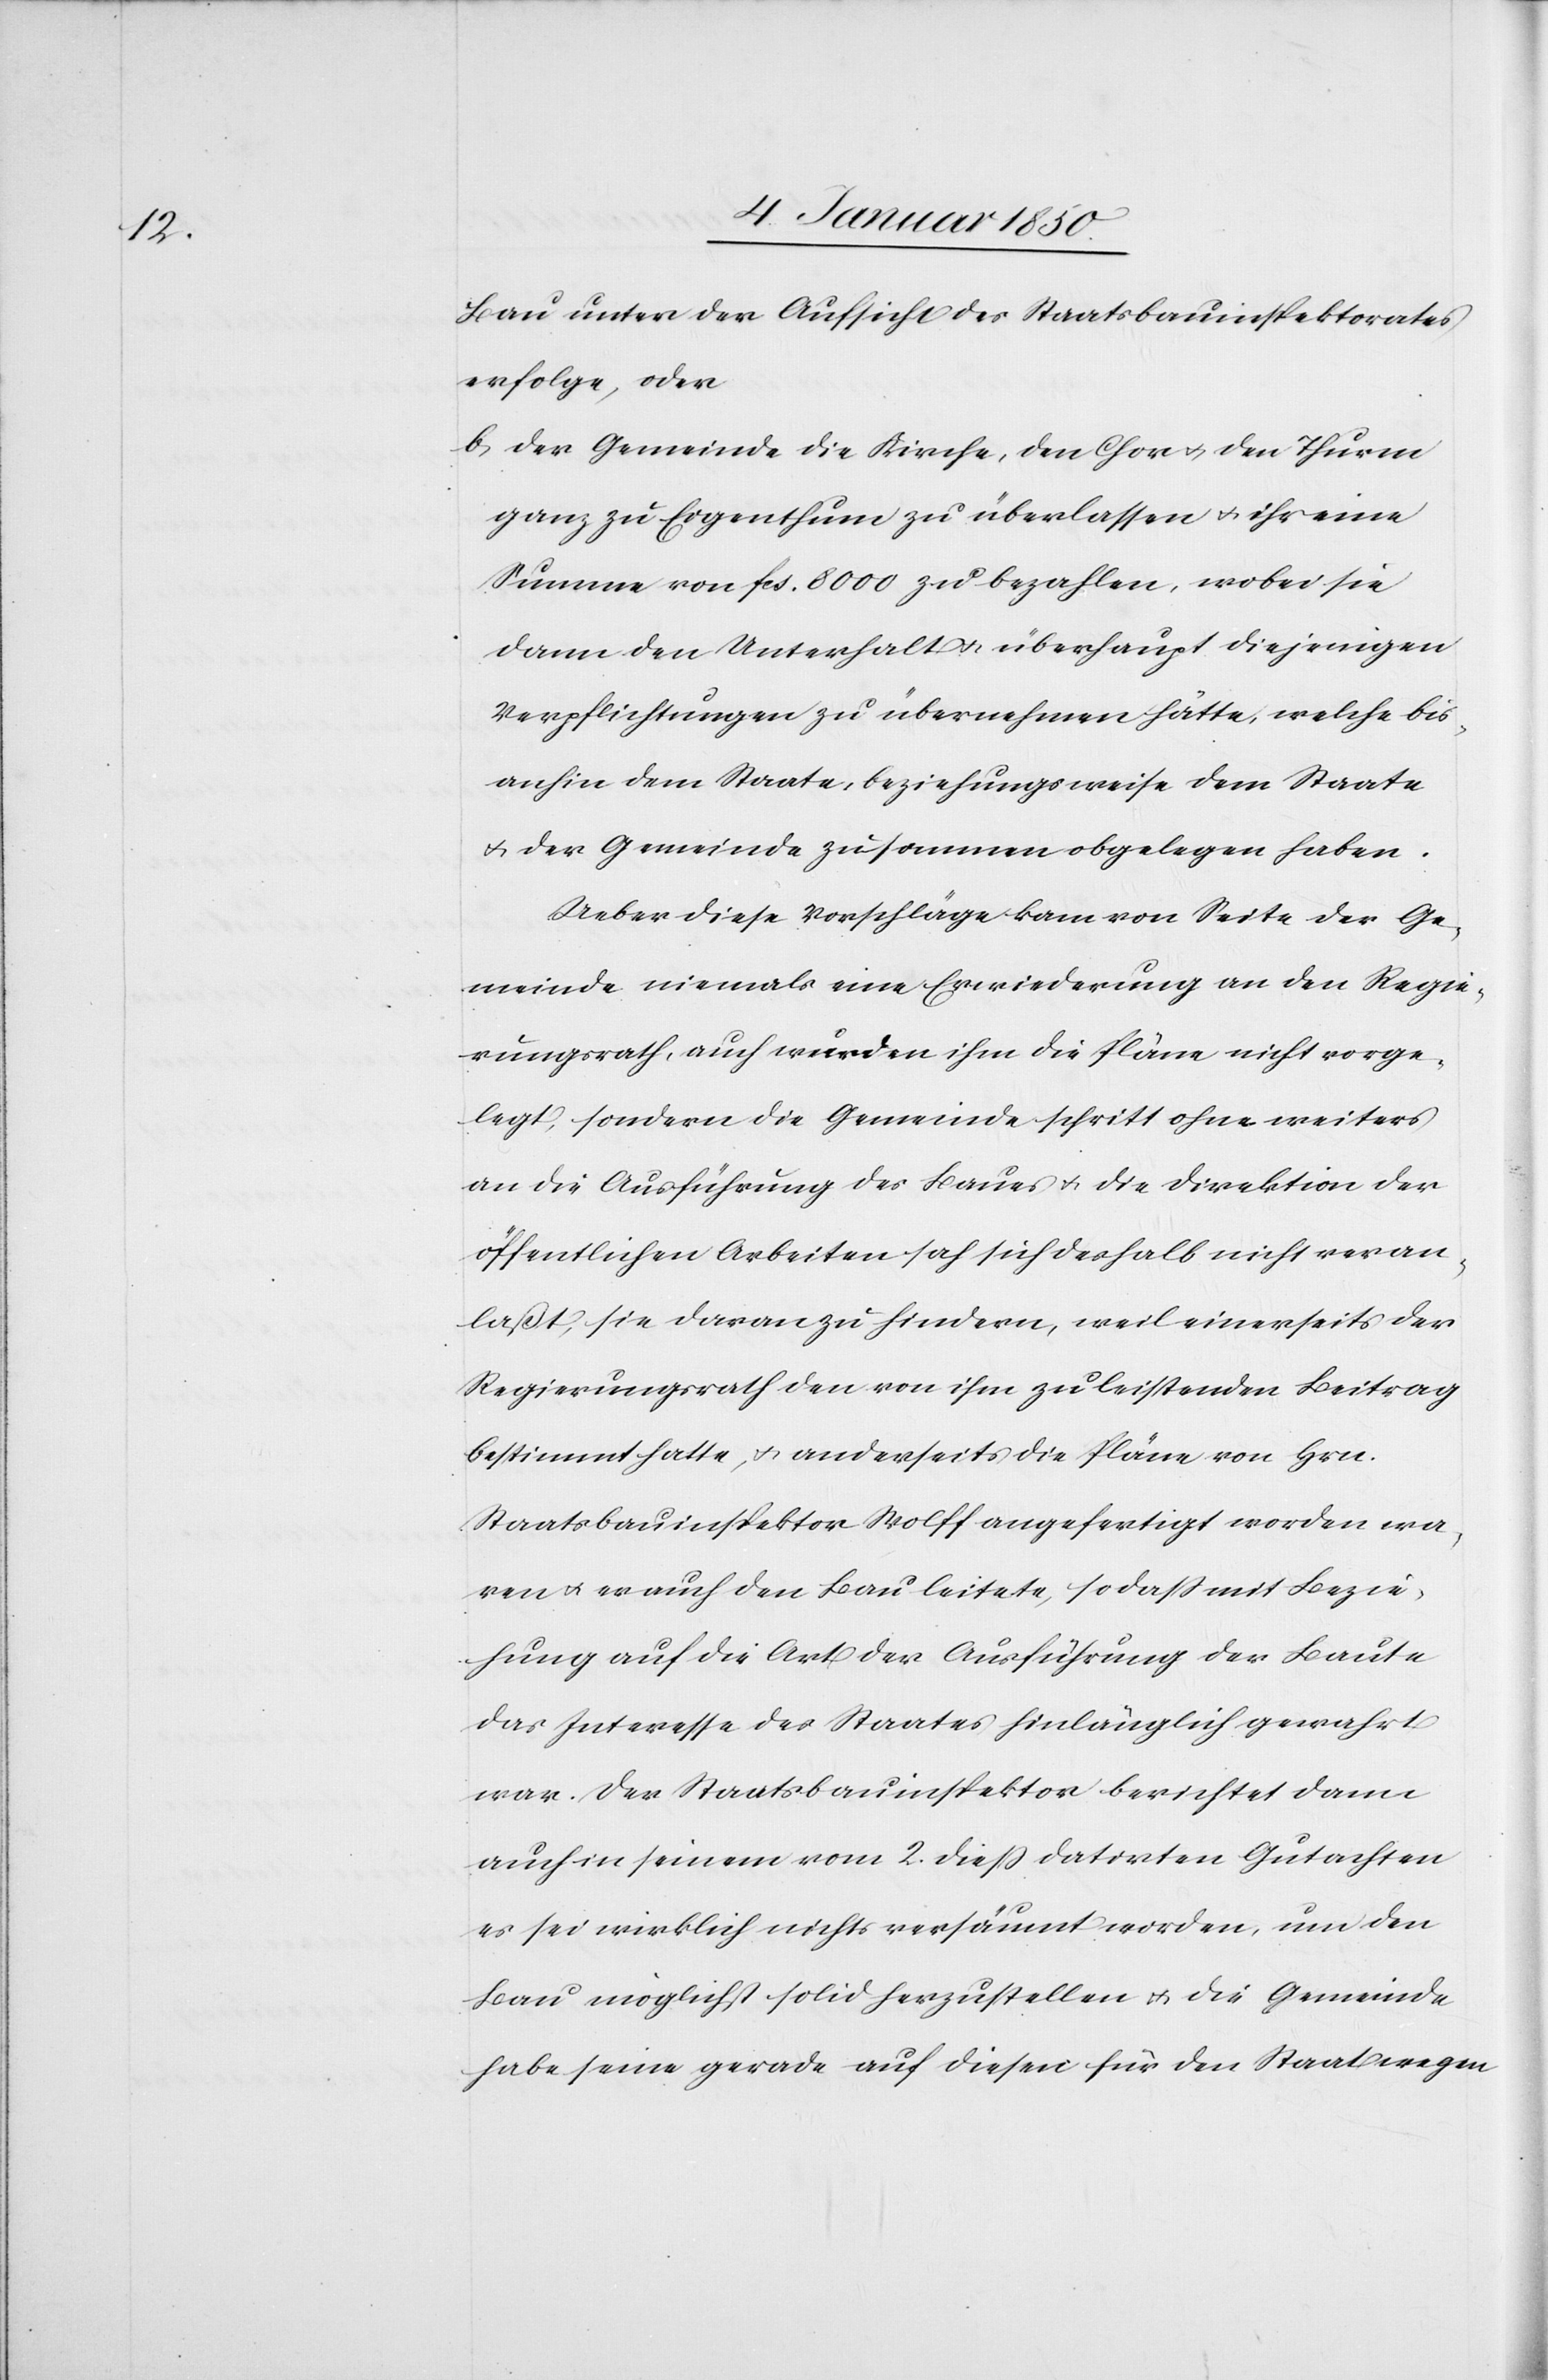
Bau unter der Aufsicht des Staatsbauinspektorates
erfolge, oder
b. der Gemeinde die Kirche, den Chor u. den Thurm
ganz zu Eigenthum zu überlassen u. ihr eine
Summe von fcs. 8000. zu bezahlen, wobei sie
dann den Unterhalt u. überhaupt diejenigen
Verpflichtungen zu übernehmen hätte, welche bis
anhin dem Staate, beziehungsweise dem Staate
u. der Gemeinde zusammen obgelegen haben.
Ueber diese Vorschläge kam von Seite der Ge¬
meinde niemals eine Erwiederung an den Regie¬
rungsrath, auch wurden ihm die Pläne nicht vorge¬
legt, sondern die Gemeinde schritt ohne weiters
an die Ausführung des Baues u. die Direktion der
öffentlichen Arbeiten sah sich deshalb nicht veran¬
laßt, sie daran zu hindern, weil einerseits der
Regierungsrath den von ihm zu leistenden Beitrag
bestimmt hatte, u. anderseits die Pläne von Hrn.
Staatsbauinspektor Wolff angefertigt worden wa¬
ren u. er auch den Bau leitete, so daß mit Bezie¬
hung auf die Art der Ausführung der Baute
das Interesse des Staates hinlänglich gewahrt
war. Der Staatsbauinspektor berichtet dann
auch in seinem vom 2. dieß datirten Gutachten
es sei wirklich nichts versäumt worden, um den
Bau möglichst solid herzustellen u. die Gemeinde
habe seine gerade auf diesen für den Staat wegen